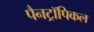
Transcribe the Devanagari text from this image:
पैनट्रॉपिकल